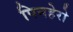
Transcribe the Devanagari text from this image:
पिनहेरो